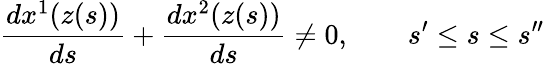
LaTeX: \frac{dx^{1}(z(s))}{ds}+\frac{dx^{2}(z(s))}{ds}\neq 0,\quad\quad s^{\prime}\leq s\leq s^{\prime\prime}